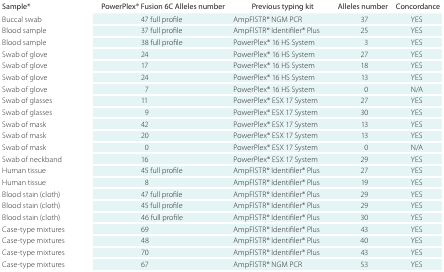
<table><thead><tr><td><b>Sample*</b></td><td><b>PowerPlex® Fusion 6C Alleles number</b></td><td><b>Previous typing kit</b></td><td><b>Alleles number</b></td><td><b>Concordance</b></td></tr></thead><tbody><tr><td>Buccal swab</td><td>47 full profile</td><td>AmpFlSTR® NGM PCR</td><td>37</td><td>YES</td></tr><tr><td>Blood sample</td><td>37 full profile</td><td>AmpFlSTR® Identifiler® Plus</td><td>25</td><td>YES</td></tr><tr><td>Blood sample</td><td>38 full profile</td><td>PowerPlex® 16 HS System</td><td>3</td><td>YES</td></tr><tr><td>Swab of glove</td><td>24</td><td>PowerPlex® 16 HS System</td><td>27</td><td>YES</td></tr><tr><td>Swab of glove</td><td>17</td><td>PowerPlex® 16 HS System</td><td>18</td><td>YES</td></tr><tr><td>Swab of glove</td><td>24</td><td>PowerPlex® 16 HS System</td><td>13</td><td>YES</td></tr><tr><td>Swab of glove</td><td>7</td><td>PowerPlex® 16 HS System</td><td>0</td><td>N/A</td></tr><tr><td>Swab of glasses</td><td>11</td><td>PowerPlex® ESX 17 System</td><td>27</td><td>YES</td></tr><tr><td>Swab of glasses</td><td>9</td><td>PowerPlex® ESX 17 System</td><td>30</td><td>YES</td></tr><tr><td>Swab of mask</td><td>42</td><td>PowerPlex® ESX 17 System</td><td>13</td><td>YES</td></tr><tr><td>Swab of mask</td><td>20</td><td>PowerPlex® ESX 17 System</td><td>13</td><td>YES</td></tr><tr><td>Swab of mask</td><td>0</td><td>PowerPlex® ESX 17 System</td><td>0</td><td>N/A</td></tr><tr><td>Swab of neckband</td><td>16</td><td>PowerPlex® ESX 17 System</td><td>29</td><td>YES</td></tr><tr><td>Human tissue</td><td>45 full profile</td><td>AmpFlSTR® Identifiler® Plus</td><td>27</td><td>YES</td></tr><tr><td>Human tissue</td><td>8</td><td>AmpFlSTR® Identifiler® Plus</td><td>19</td><td>YES</td></tr><tr><td>Blood stain (cloth)</td><td>47 full profile</td><td>AmpFlSTR® Identifiler® Plus</td><td>29</td><td>YES</td></tr><tr><td>Blood stain (cloth)</td><td>45 full profile</td><td>AmpFlSTR® Identifiler® Plus</td><td>29</td><td>YES</td></tr><tr><td>Blood stain (cloth)</td><td>46 full profile</td><td>AmpFlSTR® Identifiler® Plus</td><td>30</td><td>YES</td></tr><tr><td>Case-type mixtures</td><td>69</td><td>AmpFlSTR® Identifiler® Plus</td><td>43</td><td>YES</td></tr><tr><td>Case-type mixtures</td><td>48</td><td>AmpFlSTR® Identifiler® Plus</td><td>40</td><td>YES</td></tr><tr><td>Case-type mixtures</td><td>70</td><td>AmpFlSTR® Identifiler® Plus</td><td>43</td><td>YES</td></tr><tr><td>Case-type mixtures</td><td>67</td><td>AmpFlSTR® NGM PCR</td><td>53</td><td>YES</td></tr></tbody></table>